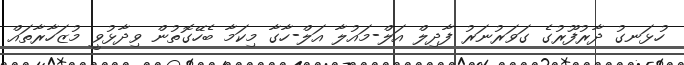
ހުޅަނގު ދާރުފޫރުގެ ގަވަރުނަރު ފާދިލް އަލް-މައުލާ އަލް-ހާގާ މިކަމާ ބެހޭގޮތުން ވިދާޅުވީ މުޒަހާރާތައް